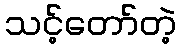
သင့်တော်တဲ့